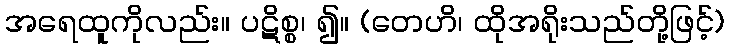
အရေထူကိုလည်း။ ပဋိစ္စ၊ ၍။ (တေဟိ၊ ထိုအရိုးသည်တို့ဖြင့်)